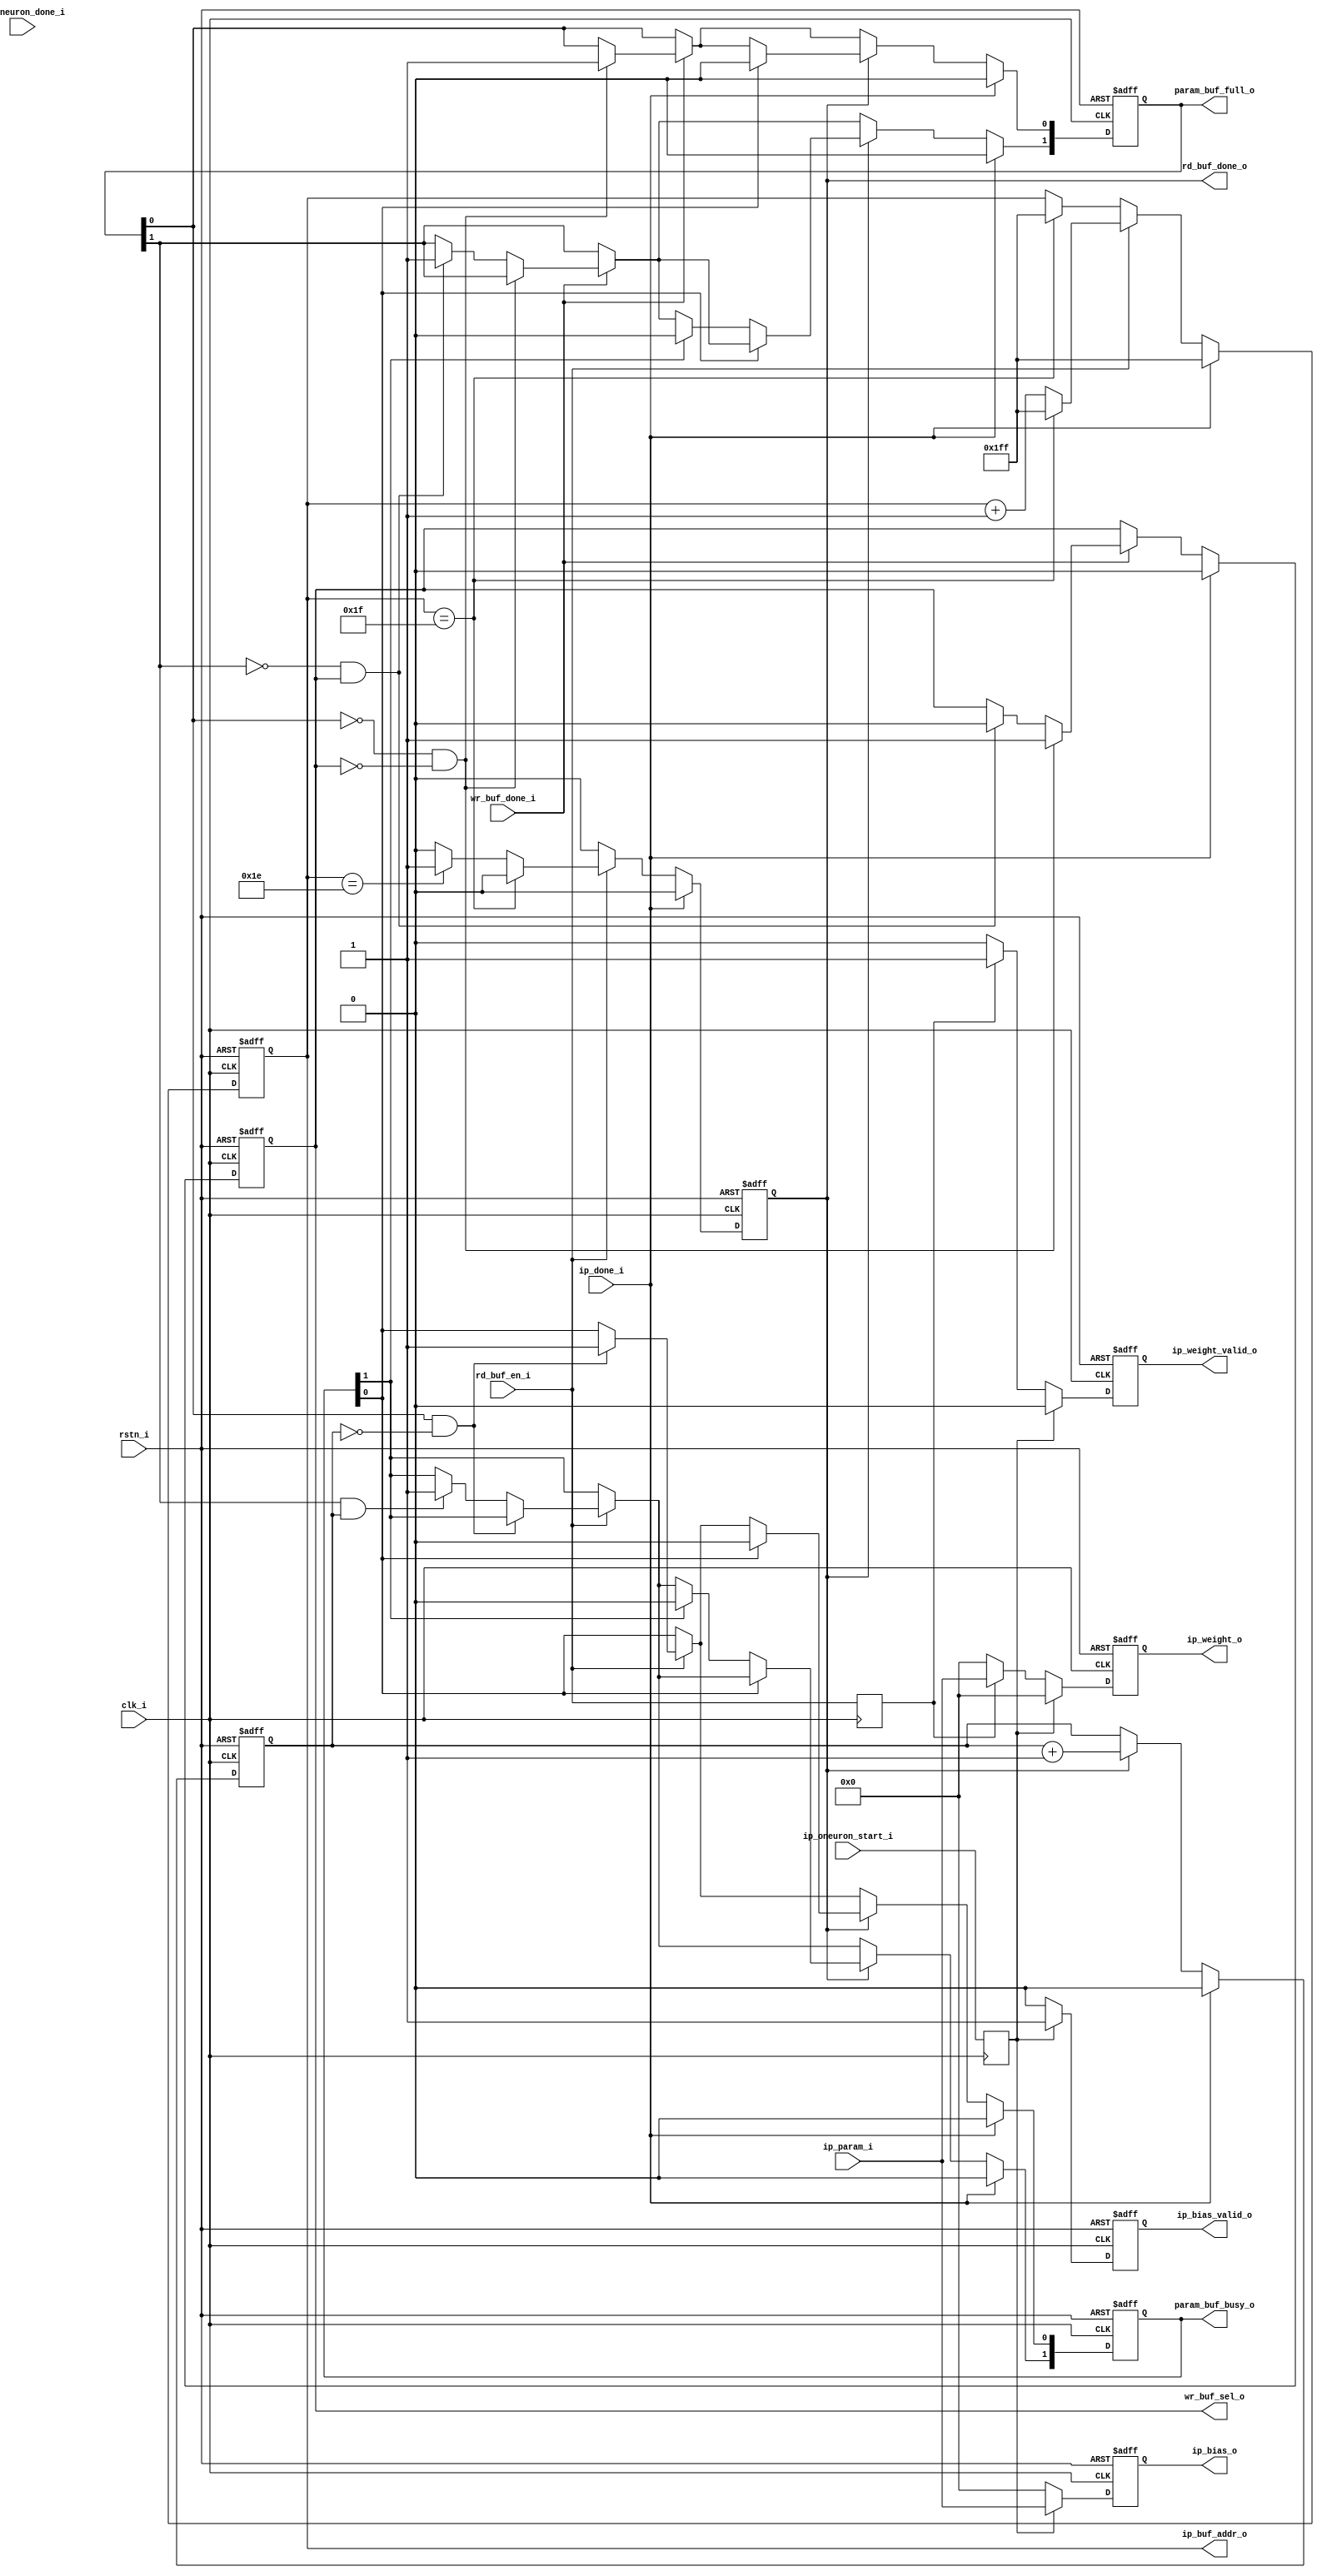
/* 
  //--buffer controller for ip param
*/

module ip_param_buf_control
#(
    parameter FW = 16,
    parameter WL = 32
)
(
    input             clk_i,
    input             rstn_i,
    input             rd_buf_en_i,
    input             wr_buf_done_i,
    input             ip_done_i,
    input             ip_oneuron_start_i,
    input             ip_oneuron_done_i,
    input  [FW-1:0]   ip_param_i,
    output            rd_buf_done_o,
    output            wr_buf_sel_o,
    output reg        ip_bias_valid_o,
    output reg        ip_weight_valid_o,
    output [2-1:0]    param_buf_full_o,
    output [2-1:0]    param_buf_busy_o,
    output [9-1:0]    ip_buf_addr_o,
    output reg[FW-1:0] ip_bias_o,
    output reg[FW-1:0] ip_weight_o
);

    reg [2-1:0] _buffer_full_;
    reg [2-1:0] _buffer_busy_;
    reg [9-1:0] ip_buf_addr;

//    //--addr counter
//    //--Since in param_buf, first data is at the highest address,
//    //--read address is accordingly from high to low
    reg rd_buf_done;
    reg ip_oneuron_start_reg;
    reg rd_buf_en_reg;
    always@(posedge clk_i) begin
//      if(rd_buf_done_o) begin
//        ip_oneuron_start_reg <= 1'b0;
//        rd_buf_en_reg <= 1'b0;
//      end else begin
        ip_oneuron_start_reg <= ip_oneuron_start_i;
        rd_buf_en_reg <= rd_buf_en_i;
//      end
    end
    assign rd_buf_done_o = rd_buf_done;
    assign ip_buf_addr_o = ip_buf_addr;
    always @(posedge clk_i or negedge rstn_i) begin
        if (rstn_i == 1'b0) begin
            // reset
            ip_buf_addr <= 9'b1_1111_1111; //-1
            rd_buf_done <= 1'b0;
        end
        else begin
            if(ip_done_i) begin
                // reset
                ip_buf_addr <= 9'b1_1111_1111;
                rd_buf_done <= 1'b0;
            end
            else if (rd_buf_en_i) begin
              if (ip_buf_addr == WL-1) begin
                  ip_buf_addr <= 9'b1_1111_1111;
                  rd_buf_done <= 1'b0;
              end else if(ip_buf_addr == WL-2) begin
                  ip_buf_addr <= ip_buf_addr + 1'b1;
                  rd_buf_done <= 1'b1;
              end else begin
                  ip_buf_addr <= ip_buf_addr + 1'b1;
                  rd_buf_done <= 1'b0;
              end
            end else begin
                if(ip_buf_addr == WL-1) begin
                  ip_buf_addr <= 9'b1_1111_1111;
                end
                rd_buf_done <= 1'b0;
            end
        end
    end

    //--weight or bias data?
    //--first fetch bias data and then weight
    always @(negedge rstn_i or posedge clk_i) begin
        if(~rstn_i) begin
            ip_weight_valid_o <= 1'b0;
            ip_weight_o       <= {FW{1'b0}};

            ip_bias_valid_o   <= 1'b0;
            ip_bias_o         <= {FW{1'b0}};
        end
        else begin
            if(ip_oneuron_start_reg) begin
                ip_bias_valid_o   <= 1'b1;
                ip_weight_valid_o <= 1'b0;

                ip_bias_o <= ip_param_i;
                ip_weight_o <= {FW{1'b0}};
            end
            else if(rd_buf_en_reg) begin
                ip_bias_valid_o   <= 1'b0;
                ip_weight_valid_o <= 1'b1;
                ip_bias_o <= {FW{1'b0}};
                ip_weight_o <= ip_param_i;
            end
            else begin
                ip_bias_valid_o   <= 1'b0;
                ip_weight_valid_o <= 1'b0;
                ip_bias_o         <= {FW{1'b0}};
                ip_weight_o       <= {FW{1'b0}};
            end
        end
    end

    //--buffer status
    //--_buffer_full_: which buffer is available
    //--_buffer_busy_: which buffer is used currently
    assign param_buf_full_o = _buffer_full_;
    assign param_buf_busy_o = _buffer_busy_;
    reg rd_buf_sel;
    reg wr_buf_sel;

    assign wr_buf_sel_o  = wr_buf_sel;
    always @(negedge rstn_i or posedge clk_i) begin
        if(rstn_i==1'b0) begin
            _buffer_busy_ <= 2'b00;
            _buffer_full_ <= 2'b00;
            rd_buf_sel <= 1'b0;
            wr_buf_sel <= 1'b0;
        end
        else begin
            if(ip_done_i) begin
                _buffer_busy_ <= 2'b00;
                _buffer_full_ <= 2'b00;
                rd_buf_sel <= 1'b0;
                wr_buf_sel <= 1'b0;
            end
            else begin
                if(wr_buf_done_i == 1'b1) begin
                    if(_buffer_full_[0] == 1'b0 && wr_buf_sel==1'b0) begin
                        _buffer_full_[0] <= 1'b1;
                        wr_buf_sel       <= 1'b1;
                    end
                    else if(_buffer_full_[1] == 1'b0 && wr_buf_sel==1'b1) begin
                        _buffer_full_[1] <= 1'b1;
                        wr_buf_sel       <= 1'b0;
                    end
                end
                if(rd_buf_en_i == 1'b1) begin
                    if(_buffer_full_[0]==1'b1 && rd_buf_sel==1'b0) begin
                        _buffer_busy_[0] <= 1'b1;
                    end
                    else if(_buffer_full_[1] == 1'b1 && rd_buf_sel==1'b1) begin
                        _buffer_busy_[1] <= 1'b1;
                    end
                end
                if(rd_buf_done) begin
                    if(_buffer_busy_[0] == 1'b1) begin
                        _buffer_busy_[0] <= 1'b0;
                        _buffer_full_[0] <= 1'b0;
                    end
                    else if(_buffer_busy_[1] == 1'b1) begin
                        _buffer_busy_[1] <= 1'b0;
                        _buffer_full_[1] <= 1'b0;
                    end
                    rd_buf_sel <= rd_buf_sel + 1'b1;
                end
            end
        end
    end
endmodule